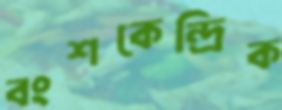
বংশকেন্দ্রিক